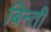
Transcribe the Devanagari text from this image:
बिन्ती